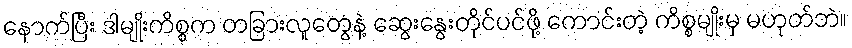
နောက်ပြီး ဒါမျိုးကိစ္စက တခြားလူတွေနဲ့ ဆွေးနွေးတိုင်ပင်ဖို့ ကောင်းတဲ့ ကိစ္စမျိုးမှ မဟုတ်ဘဲ။